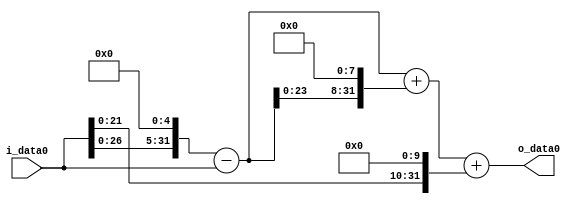
module multiplier_block_105 (
    i_data0,
    o_data0
);
  input   [31:0] i_data0;
  output  [31:0]
    o_data0;
  wire [31:0]
    w1,
    w32,
    w31,
    w7936,
    w7967,
    w1024,
    w8991;
  assign w1 = i_data0;
  assign w1024 = w1 << 10;
  assign w31 = w32 - w1;
  assign w32 = w1 << 5;
  assign w7936 = w31 << 8;
  assign w7967 = w31 + w7936;
  assign w8991 = w7967 + w1024;
  assign o_data0 = w8991;
endmodule